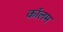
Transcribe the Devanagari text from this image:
काॅलम